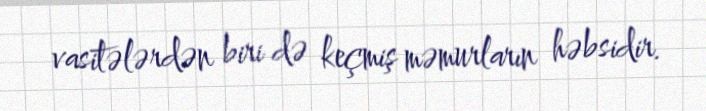
vasitələrdən biri də keçmiş məmurların həbsidir.